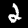
Label: 2